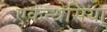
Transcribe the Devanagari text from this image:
एकेन्थेसिया